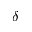
\delta